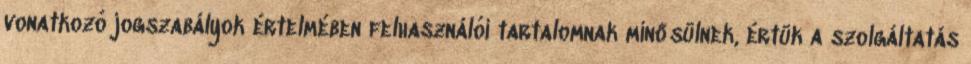
vonatkozó jogszabályok értelmében felhasználói tartalomnak minősülnek, értük a szolgáltatás